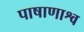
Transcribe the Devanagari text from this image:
पाषाणाश्व